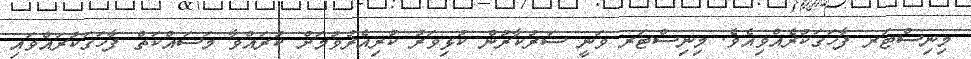
މިނިސްޓަރ ފާހަގަކުރެއްވިއެވެ. މިނިސްޓަރ ވަނީ ސަރުކާރުން ކުޅިވަރު ކުރިއެރުވުމަށް ކުރައްވާ މަސައްކަތް ފާހަގަކުރައްވައި